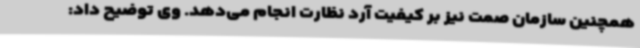
همچنین سازمان صمت نیز بر کیفیت آرد نظارت انجام می‌دهد. وی توضیح داد: